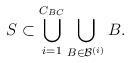
LaTeX: \begin{align*}S\subset \bigcup_{i=1}^{C_{BC}} \bigcup_{B\in\mathcal{B}^{(i)}} B.\end{align*}